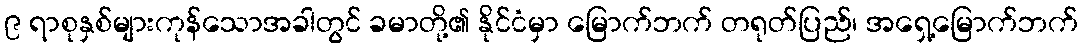
၉ ရာစုနှစ်များကုန်သောအခါတွင် ခမာတို့၏ နိုင်ငံမှာ မြောက်ဘက် တရုတ်ပြည်၊ အရှေ့မြောက်ဘက်